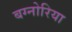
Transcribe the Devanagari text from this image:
बग्नोरिया